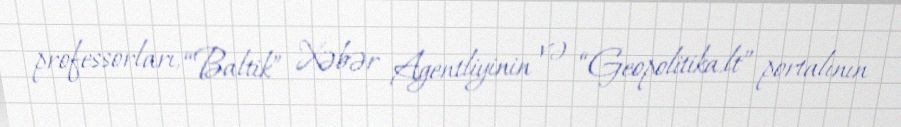
professorları, “Baltik” Xəbər Agentliyinin və “Geopolitika.lt” portalının